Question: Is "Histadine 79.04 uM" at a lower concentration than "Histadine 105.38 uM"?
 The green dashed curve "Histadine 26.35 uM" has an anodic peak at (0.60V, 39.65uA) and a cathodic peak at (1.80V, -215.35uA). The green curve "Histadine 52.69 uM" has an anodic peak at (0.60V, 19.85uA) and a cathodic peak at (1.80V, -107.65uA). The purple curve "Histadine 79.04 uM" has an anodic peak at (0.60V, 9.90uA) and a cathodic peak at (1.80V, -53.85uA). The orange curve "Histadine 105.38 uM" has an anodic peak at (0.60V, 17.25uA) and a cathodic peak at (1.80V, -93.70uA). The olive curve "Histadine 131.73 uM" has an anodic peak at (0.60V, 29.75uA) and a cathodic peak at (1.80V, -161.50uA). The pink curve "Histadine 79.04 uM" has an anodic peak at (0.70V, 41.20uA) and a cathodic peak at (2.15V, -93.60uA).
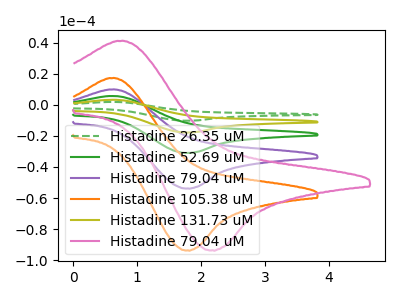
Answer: <think>All the peaks in "Histadine 105.38 uM" have a peak in "Histadine 79.04 uM" at the same potential. Every peak in "Histadine 105.38 uM" is higher than every peak in "Histadine 79.04 uM".
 </think>
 <answer>"Histadine 105.38 uM" has more signal than "Histadine 79.04 uM" and so likely has a higher concentration.</answer>
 <eval>more_concentration</eval>